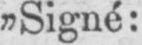
„Signé: